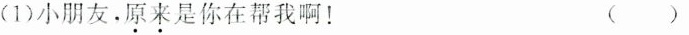
(1)小朋友。原来是你在帮我啊！ ( )